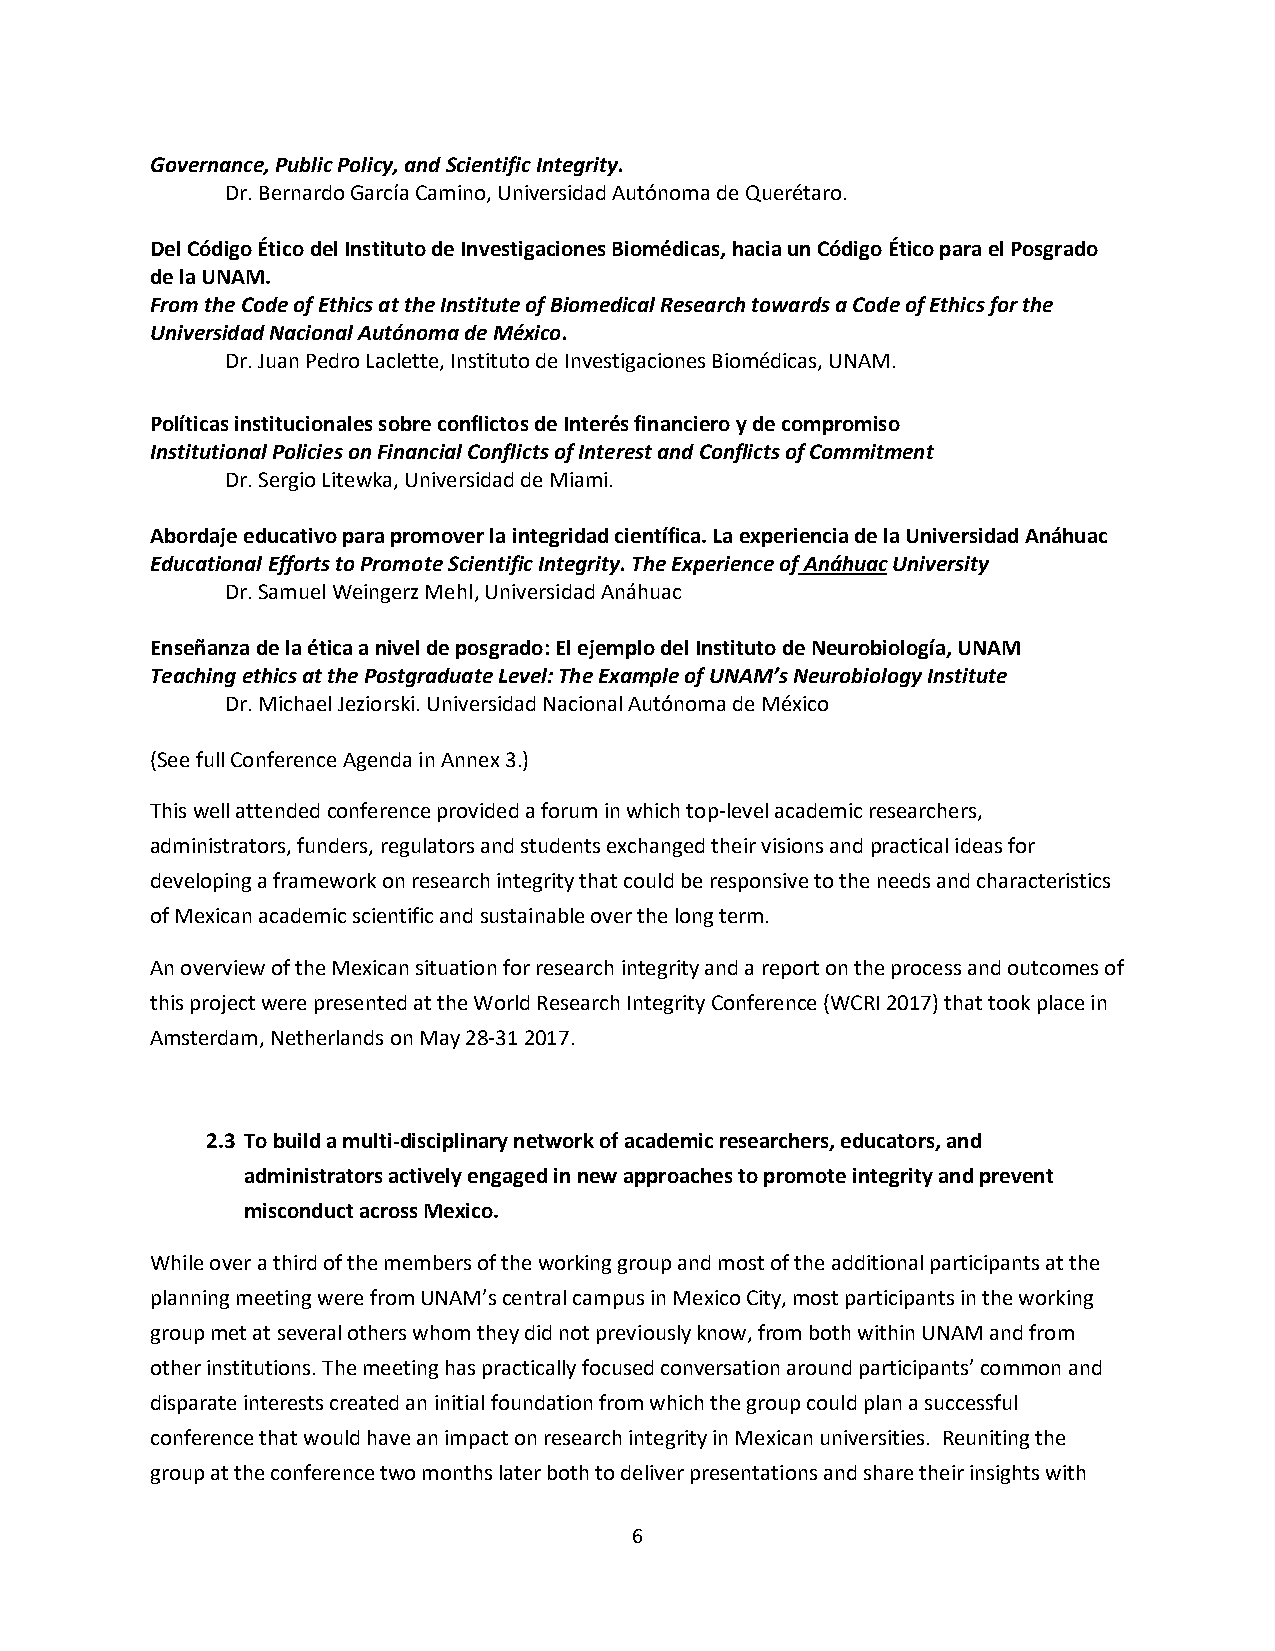
Governance, Public Policy, and Scientific Integrity.
 Dr. Bernardo García Camino, Universidad Autónoma de Querétaro.
 Del Código Ético del Instituto de Investigaciones Biomédicas, hacia un Código Ético para el Posgrado
 de la UNAM.
 From the Code of Ethics at the Institute of Biomedical Research towards a Code of Ethics for the
 Universidad Nacional Autónoma de México.
 Dr. Juan Pedro Laclette, Instituto de Investigaciones Biomédicas, UNAM.
 Políticas institucionales sobre conflictos de Interés financiero y de compromiso
 Institutional Policies on Financial Conflicts of Interest and Conflicts of Commitment
 Dr. Sergio Litewka, Universidad de Miami.
 Abordaje educativo para promover la integridad científica. La experiencia de la Universidad Anáhuac
 Educational Efforts to Promote Scientific Integrity. The Experience of Anáhuac University
 Dr. Samuel Weingerz Mehl, Universidad Anáhuac
 Enseñanza de la ética a nivel de posgrado: El ejemplo del Instituto de Neurobiología, UNAM
 Teaching ethics at the Postgraduate Level: The Example of UNAM’s Neurobiology Institute
 Dr. Michael Jeziorski. Universidad Nacional Autónoma de México
 (See full Conference Agenda in Annex 3.)
 This well attended conference provided a forum in which top-level academic researchers,
 administrators, funders, regulators and students exchanged their visions and practical ideas for
 developing a framework on research integrity that could be responsive to the needs and characteristics
 of Mexican academic scientific and sustainable over the long term.
 An overview of the Mexican situation for research integrity and a report on the process and outcomes of
 this project were presented at the World Research Integrity Conference (WCRI 2017) that took place in
 Amsterdam, Netherlands on May 28-31 2017.
 2.3 To build a multi-disciplinary network of academic researchers, educators, and
 administrators actively engaged in new approaches to promote integrity and prevent
 misconduct across Mexico.
 While over a third of the members of the working group and most of the additional participants at the
 planning meeting were from UNAM’s central campus in Mexico City, most participants in the working
 group met at several others whom they did not previously know, from both within UNAM and from
 other institutions. The meeting has practically focused conversation around participants’ common and
 disparate interests created an initial foundation from which the group could plan a successful
 conference that would have an impact on research integrity in Mexican universities. Reuniting the
 group at the conference two months later both to deliver presentations and share their insights with
 6